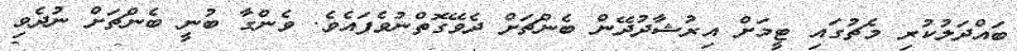
ބައްދަލުކުރި މެޗުގައި ޓީމަށް އިރުޝާދުދޭން ބެންޗަށް ދެވޭގޮތްނުވެފައެވެ. ވެންގާ ބުނީ ބެންޗަށް ނުދެވި